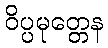
ဝိပ္ပမုတ္တေန